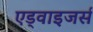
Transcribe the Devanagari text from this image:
एड्वाइजर्स